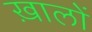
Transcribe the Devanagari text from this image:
ख़ालों